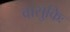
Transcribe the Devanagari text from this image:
वासुकिः